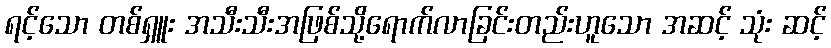
ရင့်သော တစ်ရှူး အသီးသီးအဖြစ်သို့ရောက်လာခြင်းတည်းဟူသော အဆင့် သုံး ဆင့်